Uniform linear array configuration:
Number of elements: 16
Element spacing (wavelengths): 0.75
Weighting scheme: hamming
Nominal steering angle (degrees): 30
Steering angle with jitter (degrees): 31.591
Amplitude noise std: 0.05
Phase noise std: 0.05

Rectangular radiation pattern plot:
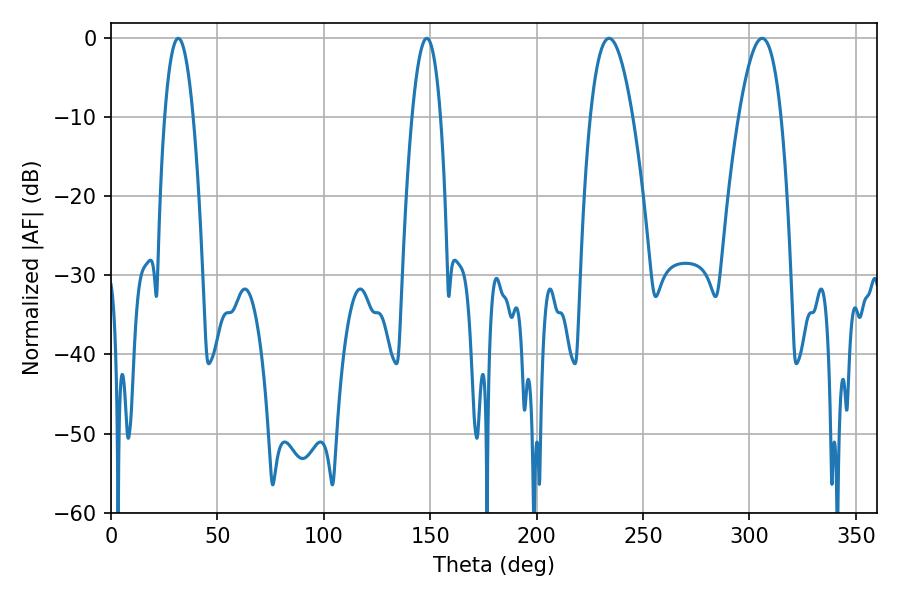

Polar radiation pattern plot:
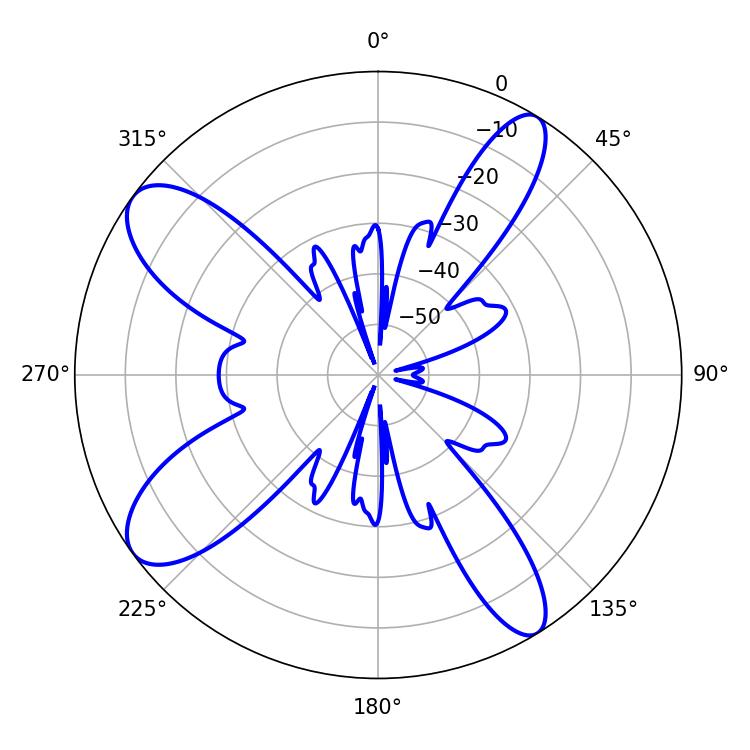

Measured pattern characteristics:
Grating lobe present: TRUE
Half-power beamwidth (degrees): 10.8
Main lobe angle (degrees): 234